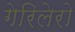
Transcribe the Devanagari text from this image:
गेरिलेरो